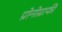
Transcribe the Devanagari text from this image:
प्रोनोग्राफी